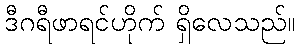
ဒီဂရီဖာရင်ဟိုက် ရှိလေသည်။